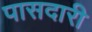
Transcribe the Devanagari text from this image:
पासदारी